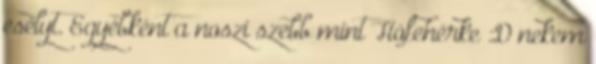
esélyt. Egyébként a noszi szebb mint Hófehérke :D nekem